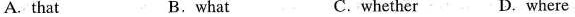
A. that B.what C.whether D. where